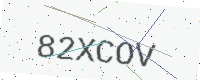
Text: 82XCOV